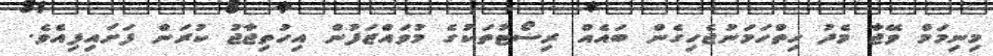
މިނިމަމް ވޭޖާ މެދު ހިތްހަމަނުޖެހިގެން ބައެއް ރިސޯޓުތަކުގެ މުވައްޒަފުން އިހުތިޖާޖު ކުރަން ފަށައިފިއެވެ.